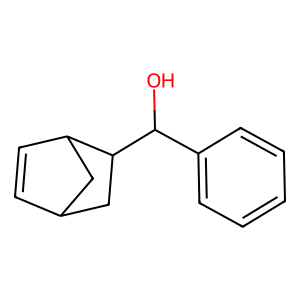
SMILES: OC(c1ccccc1)C1CC2C=CC1C2
Inhibits HIV replication: No